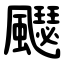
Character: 飋